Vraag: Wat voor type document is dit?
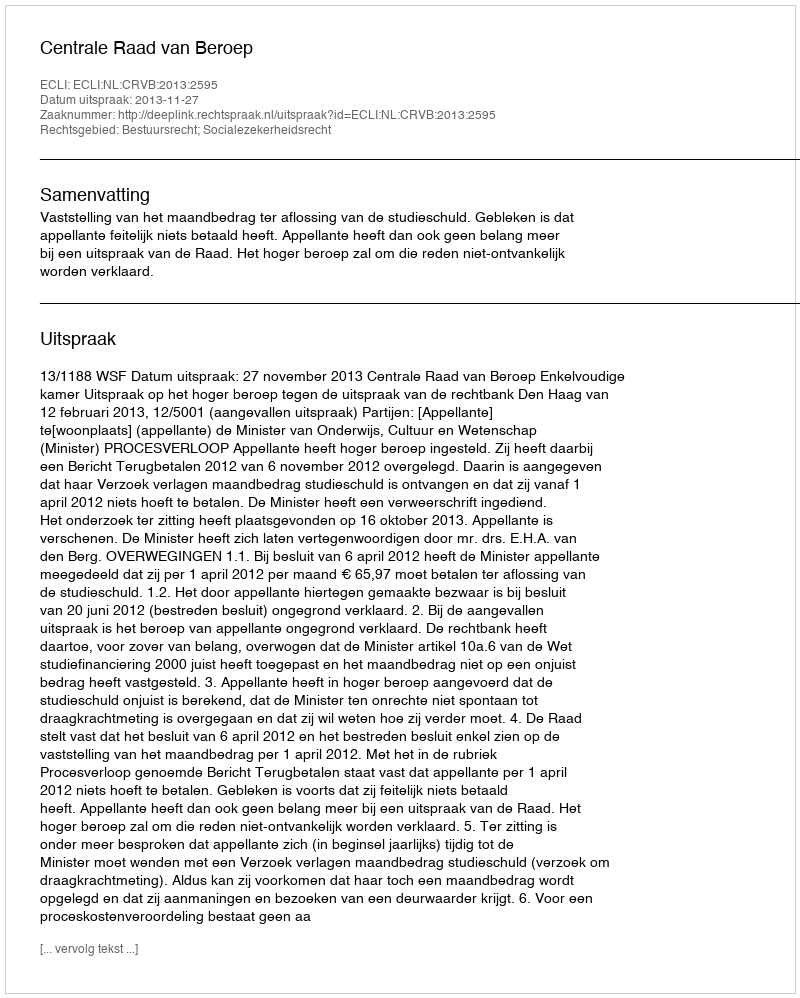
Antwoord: Uitspraak